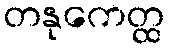
တနုကေတ္ထ